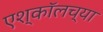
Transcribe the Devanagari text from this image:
एश्कॉलच्या